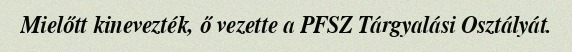
Mielőtt kinevezték, ő vezette a PFSZ Tárgyalási Osztályát.